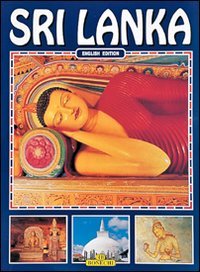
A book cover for Sri Lanka (Bonechi Tourist Classics); Roman Gunaratna; Travel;